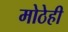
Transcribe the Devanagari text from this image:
मोठेही